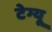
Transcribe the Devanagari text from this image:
टेग्यू